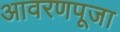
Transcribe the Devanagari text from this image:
आवरणपूजा